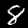
Digit: 8